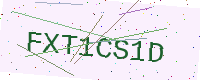
Text: FXT1CS1D